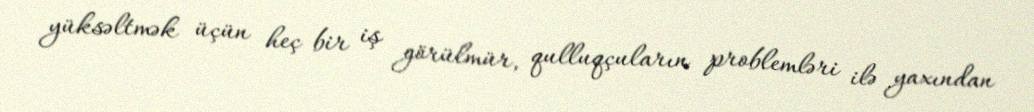
yüksəltmək üçün heç bir iş görülmür, qulluqçuların problemləri ilə yaxından